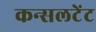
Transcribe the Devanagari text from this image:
कन्सलटेंट